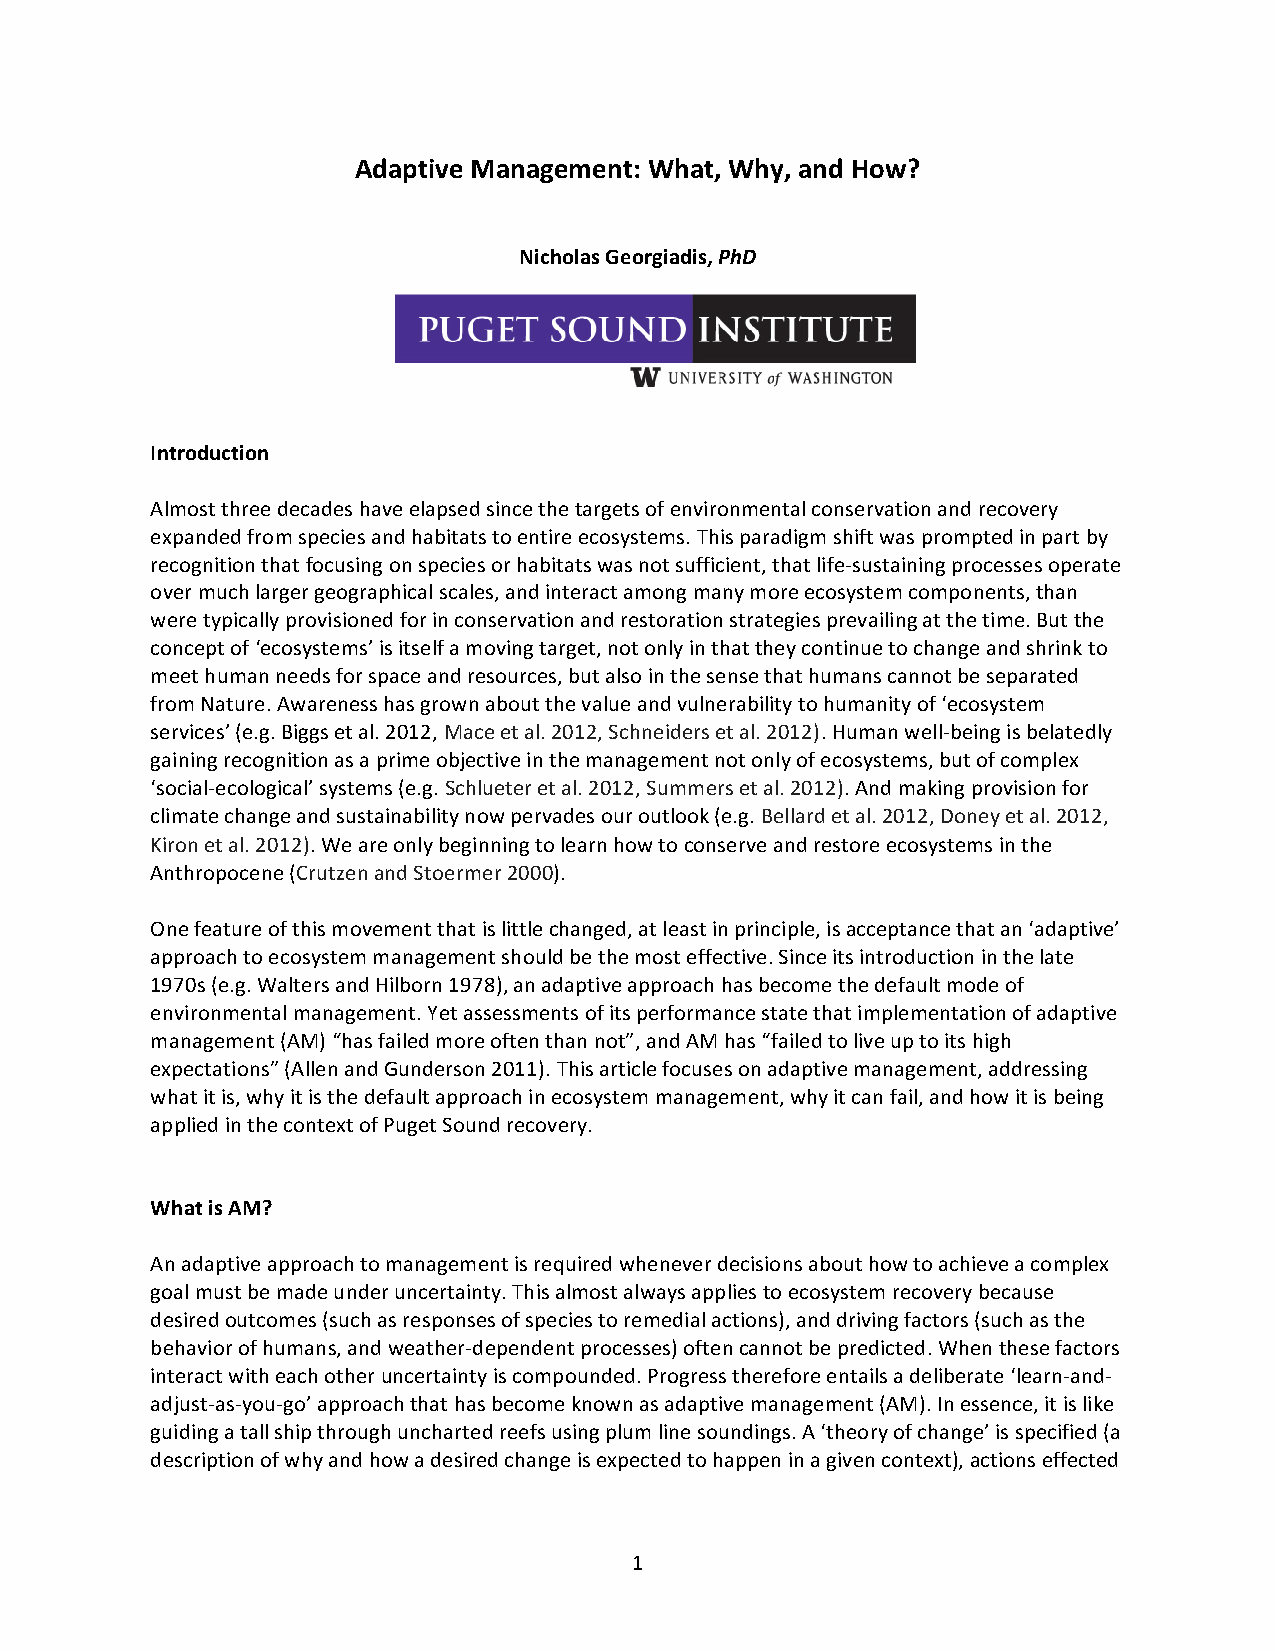
Adaptive Management: What, Why, and How?
 Nicholas Georgiadis, PhD
 Introduction
 Almost three decades have elapsed since the targets of environmental conservation and recovery
 expanded from species and habitats to entire ecosystems. This paradigm shift was prompted in part by
 recognition that focusing on species or habitats was not sufficient, that life-sustaining processes operate
 over much larger geographical scales, and interact among many more ecosystem components, than
 were typically provisioned for in conservation and restoration strategies prevailing at the time. But the
 concept of ‘ecosystems’ is itself a moving target, not only in that they continue to change and shrink to
 meet human needs for space and resources, but also in the sense that humans cannot be separated
 from Nature. Awareness has grown about the value and vulnerability to humanity of ‘ecosystem
 services’ (e.g. Biggs et al. 2012, Mace et al. 2012, Schneiders et al. 2012). Human well-being is belatedly
 gaining recognition as a prime objective in the management not only of ecosystems, but of complex
 ‘social-ecological’ systems (e.g. Schlueter et al. 2012, Summers et al. 2012). And making provision for
 climate change and sustainability now pervades our outlook (e.g. Bellard et al. 2012, Doney et al. 2012,
 Kiron et al. 2012). We are only beginning to learn how to conserve and restore ecosystems in the
 Anthropocene (Crutzen and Stoermer 2000).
 One feature of this movement that is little changed, at least in principle, is acceptance that an ‘adaptive’
 approach to ecosystem management should be the most effective. Since its introduction in the late
 1970s (e.g. Walters and Hilborn 1978), an adaptive approach has become the default mode of
 environmental management. Yet assessments of its performance state that implementation of adaptive
 management (AM) “has failed more often than not”, and AM has “failed to live up to its high
 expectations” (Allen and Gunderson 2011). This article focuses on adaptive management, addressing
 what it is, why it is the default approach in ecosystem management, why it can fail, and how it is being
 applied in the context of Puget Sound recovery.
 What is AM?
 An adaptive approach to management is required whenever decisions about how to achieve a complex
 goal must be made under uncertainty. This almost always applies to ecosystem recovery because
 desired outcomes (such as responses of species to remedial actions), and driving factors (such as the
 behavior of humans, and weather-dependent processes) often cannot be predicted. When these factors
 interact with each other uncertainty is compounded. Progress therefore entails a deliberate ‘learn-and-
 adjust-as-you-go’ approach that has become known as adaptive management (AM). In essence, it is like
 guiding a tall ship through uncharted reefs using plum line soundings. A ‘theory of change’ is specified (a
 description of why and how a desired change is expected to happen in a given context), actions effected
 1